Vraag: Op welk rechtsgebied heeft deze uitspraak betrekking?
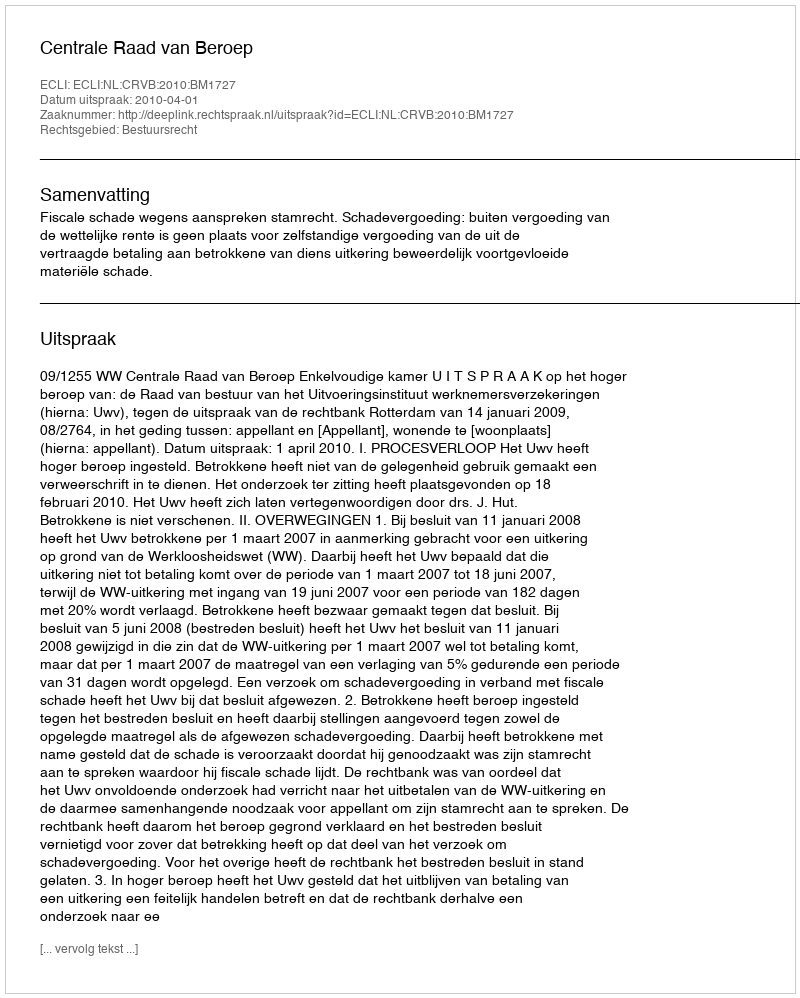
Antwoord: Bestuursrecht